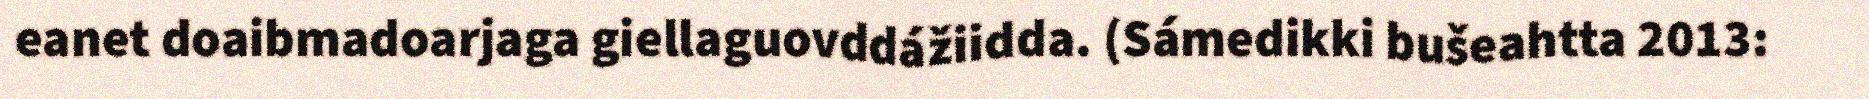
eanet doaibmadoarjaga giellaguovddážiidda. (Sámedikki bušeahtta 2013: